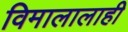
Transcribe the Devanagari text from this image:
विमालालाही